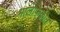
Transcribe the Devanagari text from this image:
भालाफेकीत